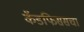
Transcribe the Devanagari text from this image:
कॅडफिससचा